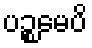
ပဉ္စမေပိ